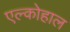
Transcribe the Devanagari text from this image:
एल्कोहाल